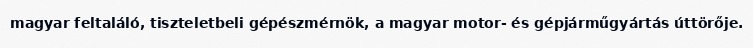
magyar feltaláló, tiszteletbeli gépészmérnök, a magyar motor- és gépjárműgyártás úttörője.